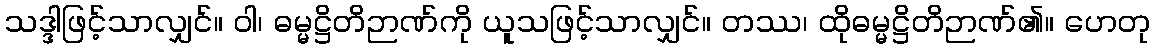
သဒ္ဒါဖြင့်သာလျှင်။ ဝါ၊ ဓမ္မဋ္ဌိတိဉာဏ်ကို ယူသဖြင့်သာလျှင်။ တဿ၊ ထိုဓမ္မဋ္ဌိတိဉာဏ်၏။ ဟေတု